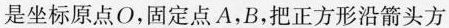
是坐标原点O，固定点A，B，把正方形沿箭头方